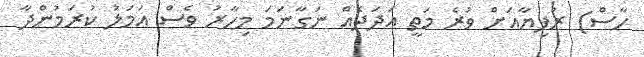
ހާސް) ރުފިޔާއަށް ވުރެ މަތީ އަދަދެއް ނަގާނަމަ މިހާރު ވެސް އަމަލު ކުރަމުންދާ